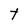
Character: T